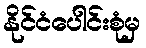
နိုင်ငံပေါင်းစုံမှ